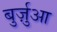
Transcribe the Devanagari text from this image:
बुर्ज़ुआ